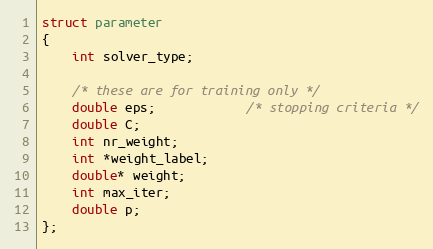
Language: C
struct parameter
{
	int solver_type;

	/* these are for training only */
	double eps;	        /* stopping criteria */
	double C;
	int nr_weight;
	int *weight_label;
	double* weight;
	int max_iter;
	double p;
};